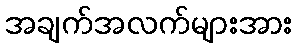
အချက်အလက်များအား